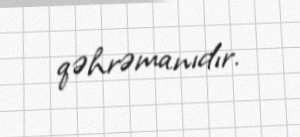
qəhrəmanıdır.